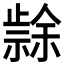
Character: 𭭳